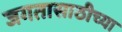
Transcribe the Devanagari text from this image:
जगतासाठीच्या